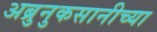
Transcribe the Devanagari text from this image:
अब्रुनुकसानीच्या